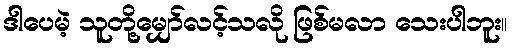
ဒါပေမဲ့ သူတို့မျှော်လင့်သလို ဖြစ်မလာ သေးပါဘူး။